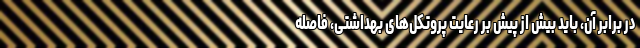
در برابر آن، باید بیش از پیش بر رعایت پروتکل‌های بهداشتی، فاصله ‌